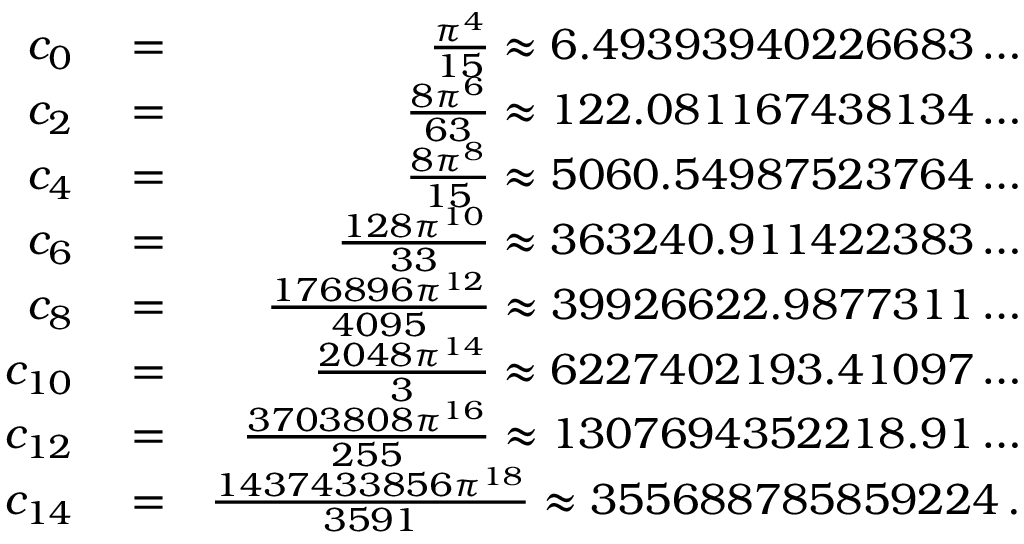
\begin{array} { r l r } { c _ { 0 } } & { { } = } & { \frac { \pi ^ { 4 } } { 1 5 } \approx 6 . 4 9 3 9 3 9 4 0 2 2 6 6 8 3 \ldots } \\ { c _ { 2 } } & { { } = } & { \frac { 8 \pi ^ { 6 } } { 6 3 } \approx 1 2 2 . 0 8 1 1 6 7 4 3 8 1 3 4 \ldots } \\ { c _ { 4 } } & { { } = } & { \frac { 8 \pi ^ { 8 } } { 1 5 } \approx 5 0 6 0 . 5 4 9 8 7 5 2 3 7 6 4 \ldots } \\ { c _ { 6 } } & { { } = } & { \frac { 1 2 8 \pi ^ { 1 0 } } { 3 3 } \approx 3 6 3 2 4 0 . 9 1 1 4 2 2 3 8 3 \ldots } \\ { c _ { 8 } } & { { } = } & { \frac { 1 7 6 8 9 6 \pi ^ { 1 2 } } { 4 0 9 5 } \approx 3 9 9 2 6 6 2 2 . 9 8 7 7 3 1 1 \ldots } \\ { c _ { 1 0 } } & { { } = } & { \frac { 2 0 4 8 \pi ^ { 1 4 } } { 3 } \approx 6 2 2 7 4 0 2 1 9 3 . 4 1 0 9 7 \ldots } \\ { c _ { 1 2 } } & { { } = } & { \frac { 3 7 0 3 8 0 8 \pi ^ { 1 6 } } { 2 5 5 } \approx 1 3 0 7 6 9 4 3 5 2 2 1 8 . 9 1 \ldots } \\ { c _ { 1 4 } } & { { } = } & { \frac { 1 4 3 7 4 3 3 8 5 6 \pi ^ { 1 8 } } { 3 5 9 1 } \approx 3 5 5 6 8 8 7 8 5 8 5 9 2 2 4 \, . } \end{array}